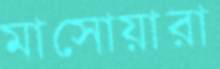
মাসোয়ারা